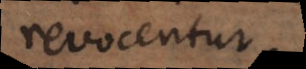
revocentur.